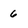
Character: 6